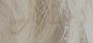
الهتافات